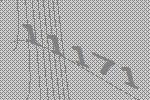
11171